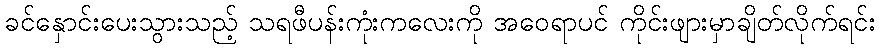
ခင်နှောင်းပေးသွားသည့် သရဖီပန်းကုံးကလေးကို အဝေရာပင် ကိုင်းဖျားမှာချိတ်လိုက်ရင်း